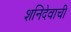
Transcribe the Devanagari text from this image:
शनिदेवाची